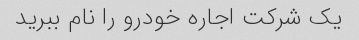
یک شرکت اجاره خودرو را نام ببرید